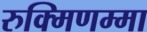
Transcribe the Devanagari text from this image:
रुक्मिणम्मा